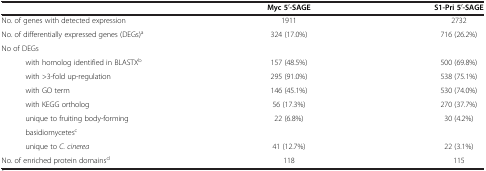
|  | Myc 5′-SAGE | S1-Pri 5′-SAGE |
 | --- | --- | --- |
 | No. of genes with detected expression | 1911 | 2732 |
 | No. of differentially expressed genes (DEGs)a | 324 (17.0%) | 716 (26.2%) |
 | No of DEGs |  |  |
 | with homolog identified in BLASTXb | 157 (48.5%) | 500 (69.8%) |
 | with >3-fold up-regulation | 295 (91.0%) | 538 (75.1%) |
 | with GO term | 146 (45.1%) | 530 (74.0%) |
 | with KEGG ortholog | 56 (17.3%) | 270 (37.7%) |
 | unique to fruiting body-forming | <ROWSPAN=2> 22 (6.8%) | <ROWSPAN=2> 30 (4.2%) |
 | basidiomycetesc |
 | unique to C. cinerea | 41 (12.7%) | 22 (3.1%) |
 | No. of enriched protein domainsd | 118 | 115 |